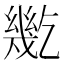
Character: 𢇓